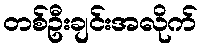
တစ်ဦးချင်းအလိုက်